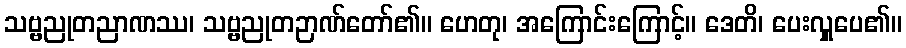
သဗ္ဗညုတညာဏဿ၊ သဗ္ဗညုတဉာဏ်တော်၏။ ဟေတု၊ အကြောင်းကြောင့်။ ဒေတိ၊ ပေးလှူပေ၏။